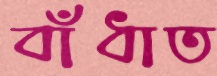
বাঁধাত